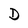
Character: D